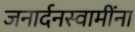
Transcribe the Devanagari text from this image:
जनार्दनस्वामींना